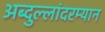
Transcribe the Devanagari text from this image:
अब्दुल्लांदरम्यान